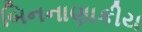
બિનનાણાકીય